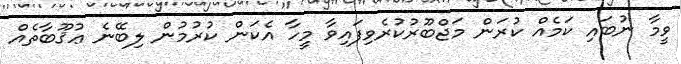
ވީމާ ނުބައި ކަމެއް ކުރަން މަޖްބޫރުކުރެވިފައިވާ މީހާ އެކަން ކުރުމުން ލިބޭނެ ޢުޤޫބާތެއް